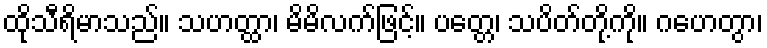
ထိုသီရိမာသည်။ သဟတ္ထာ၊ မိမိလက်ဖြင့်။ ပတ္တေ၊ သပိတ်တို့ကို။ ဂဟေတွာ၊